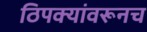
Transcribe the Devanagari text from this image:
ठिपक्यांवरूनच